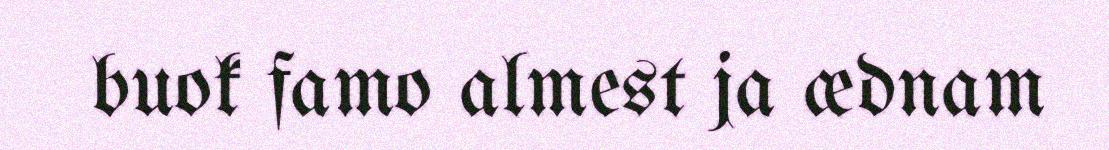
buok famo almest ja ædnam